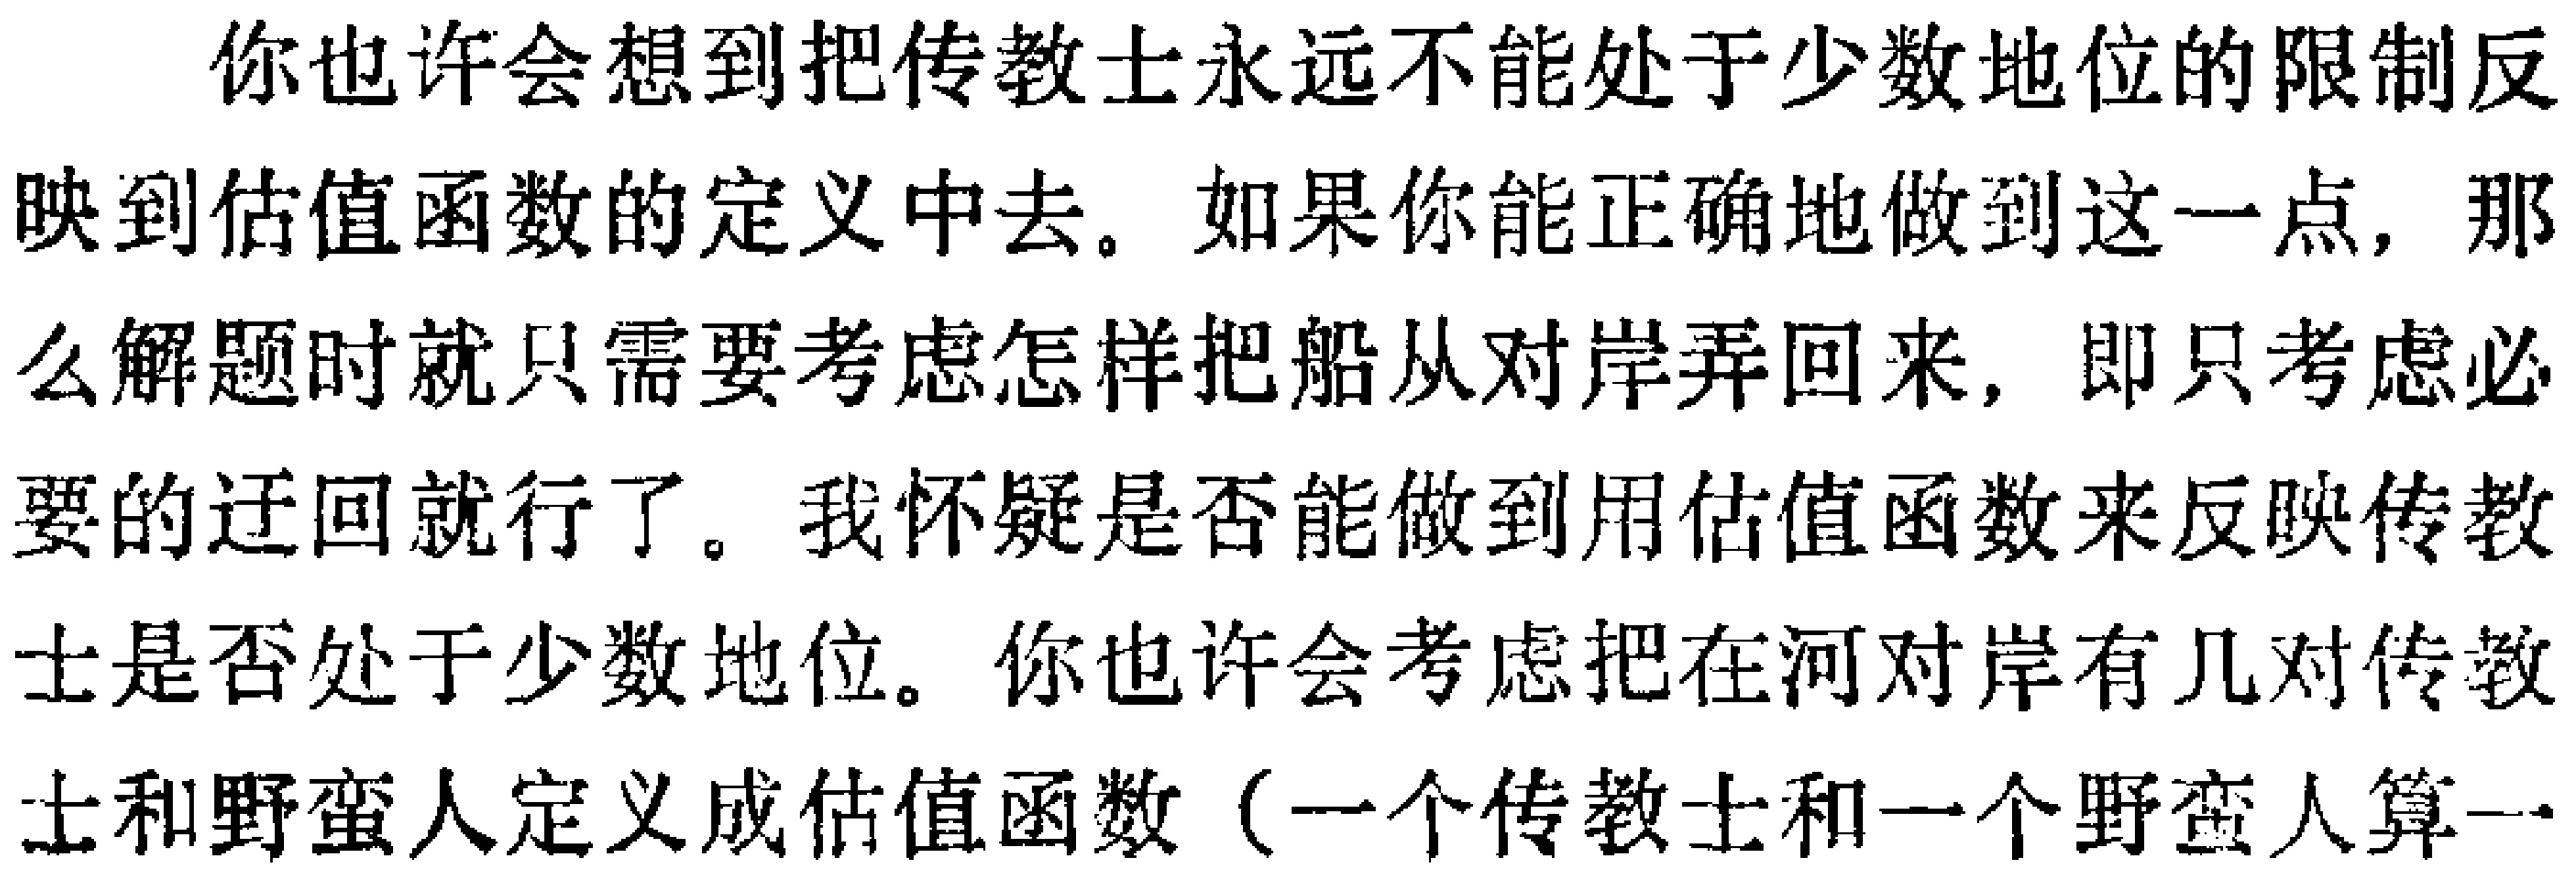
你也许会想到把传教士永远不能处于少数地位的限制反映到估值函数的定义中去。如果你能正确地做到这一点，那么解题时就只需要考虑怎样把船从对岸弄回来，即只考虑必要的迂回就行了。我怀疑是否能做到用估值函数来反映传教士是否处于少数地位。你也许会考虑把在河对岸有几对传教士和野蛮人定义成估值函数（一个传教士和一个野蛮人算一